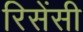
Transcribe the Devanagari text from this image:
रिसेंसी